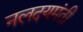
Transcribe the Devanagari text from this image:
नलदयमंती